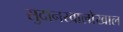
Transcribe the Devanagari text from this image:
सुदानखालोखाल